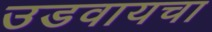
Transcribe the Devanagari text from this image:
उडवायचा